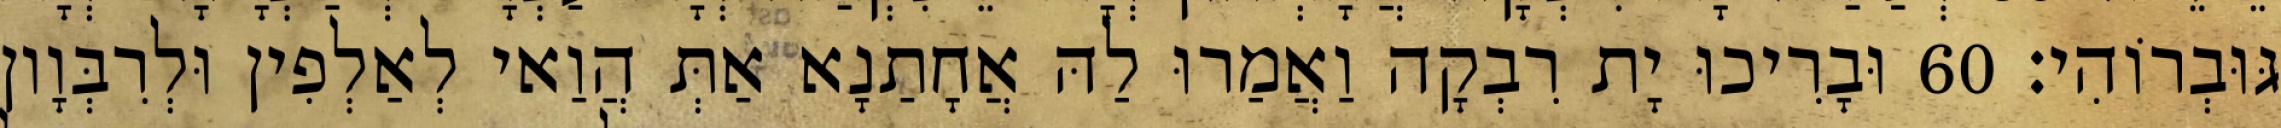
גּוּבְרוֹהִי׃ 60 וּבָרִיכוּ יָת רִבְקָה וַאֲמַרוּ לַהּ אֲחָתַנָא אַתְּ הֲוַאי לְאַלְפִין וּלְרִבְּוָון